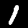
Digit: 1